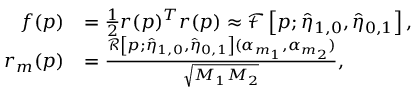
\begin{array} { r l } { f ( \boldsymbol p ) } & { = \frac { 1 } { 2 } r ( \boldsymbol p ) ^ { T } r ( \boldsymbol p ) \approx \mathcal { F } \left[ \boldsymbol p ; \hat { \eta } _ { 1 , 0 } , \hat { \eta } _ { 0 , 1 } \right] , } \\ { r _ { m } ( \boldsymbol p ) } & { = \frac { \mathcal { R } \left[ \boldsymbol p ; \hat { \eta } _ { 1 , 0 } , \hat { \eta } _ { 0 , 1 } \right] ( \alpha _ { m _ { 1 } } , \alpha _ { m _ { 2 } } ) } { \sqrt { M _ { 1 } M _ { 2 } } } , } \end{array}